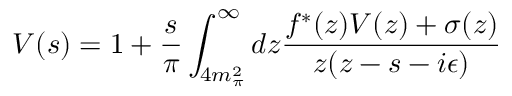
V ( s ) = 1 + \frac { s } { \pi } \int _ { 4 m _ { \pi } ^ { 2 } } ^ { \infty } d z \frac { f ^ { * } ( z ) V ( z ) + \sigma ( z ) } { z ( z - s - i \epsilon ) }